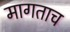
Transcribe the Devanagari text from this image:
मागताच